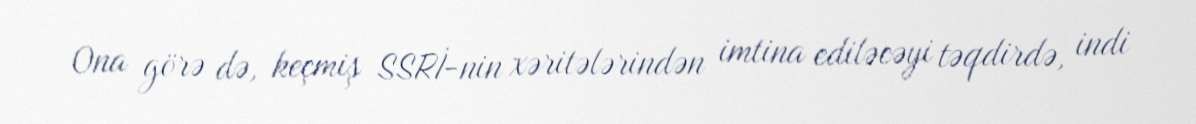
Ona görə də, keçmiş SSRİ-nin xəritələrindən imtina ediləcəyi təqdirdə, indi